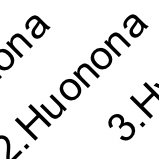
. H a u o n o n 3 a